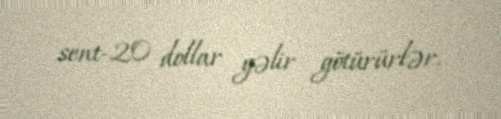
sent-20 dollar gəlir götürürlər.